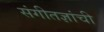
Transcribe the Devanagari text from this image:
संगीतज्ञांची